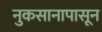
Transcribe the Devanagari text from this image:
नुकसानापासून